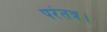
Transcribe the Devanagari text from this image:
परंतत्र।